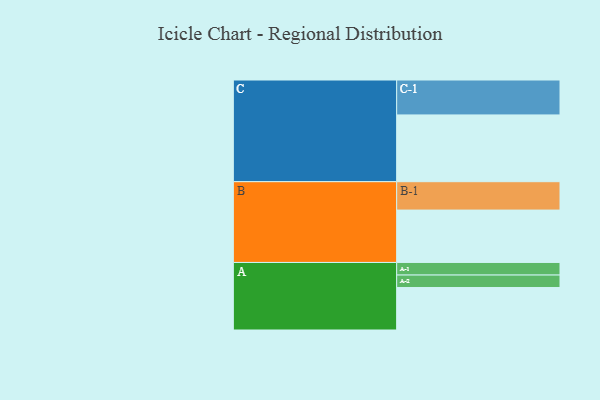
{"axis": {"x": "Segment", "y": "Value"}, "legend": ["", "A", "B", "C"], "data": [{"x": "A", "y": 331, "type": ""}, {"x": "B", "y": 408, "type": ""}, {"x": "C", "y": 520, "type": ""}, {"x": "A-1", "y": 98, "type": "A"}, {"x": "A-2", "y": 97, "type": "A"}, {"x": "B-1", "y": 221, "type": "B"}, {"x": "C-1", "y": 272, "type": "C"}]}